Report of the Indian Hemp Drugs Commission, 1894-1895 - Volume VI
Year: 1894
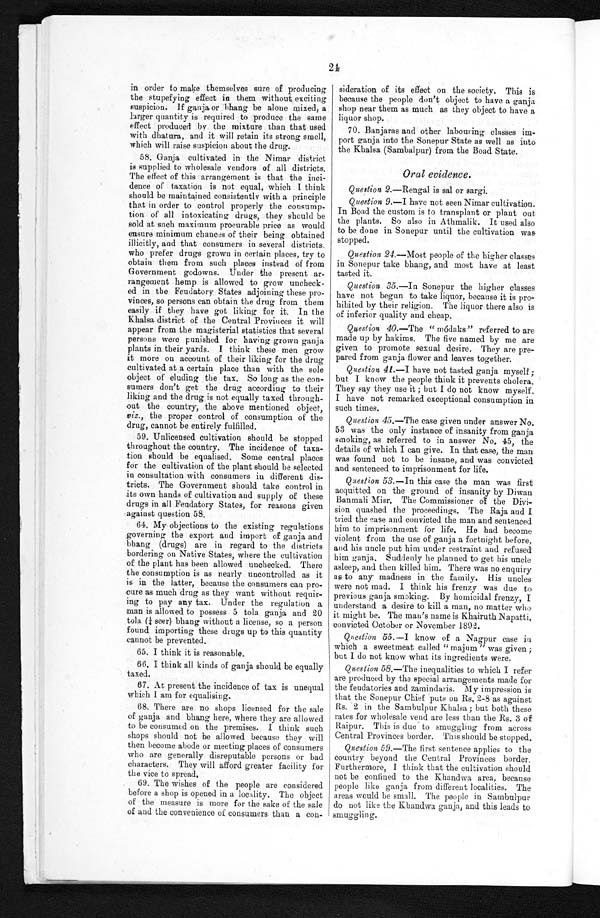
24
in order to make themselves sure of producing
the stupefying effect in them without exciting
suspicion. If ganja or bhang be alone mixed, a
larger quantity is required to produce the same
effect produced by the mixture than that used
with dhatura, and it will retain its strong smell,
which will raise suspicion about the drug.
58. Ganja cultivated in the Nimar district
is supplied to wholesale vendors of all districts.
The effect of this arrangement is that the inci--
dence of taxation is not equal, which I think
should be maintained consistently with a principle
that in order to control properly the consump--
tion of all intoxicating drugs, they should be
sold at such maximum procurable price as would
ensure minimum chances of their being obtained
illicitly, and that consumers in several districts,
who prefer drugs grown in certain places, try to
obtain them from such places instead of from
Government godowns. Under the present ar-
rangement hemp is allowed to grow uncheck
-ed in the Feudatory States adjoining these pro-
vinces, so persons can obtain the drug from them
easily if they have got liking for it. In the
Khalsa district of the Central Provinces it will
appear from the magisterial statistics that several
persons were punished for having grown ganja
plants in their yards. I think these men grow
it more on account of their liking for the drug
cultivated at a certain place than with the sole
object of eluding the tax. So long as the con-
sumers don't get the drug according to their
liking and the drug is not equally taxed
t h r o u g h - o u t t h e c o u n t r y , t h e a b o v e m e n t i o n e d o b j e c t ,
viz., the proper control of consumption of the
drug, cannot be entirely fulfilled.
59. Unlicensed cultivation should be stopped
throughout the country. The incidence of taxa-
tion should be equalised. Some central places
for the cultivation of the plant should be selected
in consultation with consumers in different dis-
tricts. The Government should take control in
its own hands of cultivation and supply of these
drugs in all Feudatory States, for reasons given
against question 58.
64. My objections to the existing regulations
governing the export and import of ganja and
bhang (drugs) are in regard to the districts
bordering on Native States, where the cultivation
of the plant has been allowed unchecked. There
the consumption is as nearly uncontrolled as it
is in the latter, because the consumers can pro-
cure as much drug as they want without requir-
ing to pay any tax. Under the regulation a
man is allowed to possess 5 tola ganja, and 20
tola (¼ seer) bhang without a license, so a person
found importing these drugs up to this quantity
cannot be prevented.
65. I think it is reasonable.
66. I think all kinds of ganja should be equally
taxed.
67. At present the incidence of tax is unequal
which I am for equalising.
68. There are no shops licensed for the sale
of ganja and bhang here, where they are allowed
to be consumed on the premises. I think such
shops should not be allowed because they will
then become abode or meeting places of consumers
who are generally disreputable persons or bad
characters. They will afford greater facility for
the vice to spread.
69. The wishes of the people are considered
before a shop is opened in a locality. The object
of the measure is more for the sake of the sale
of and the convenience of consumers than a con-
sideration of its effect on the society. this is
because the people don't object to have a ganja
shop near them as much as they object to have a
liquor shop.
70. Banjaras and other labouring classes im-
port ganja into the Sonepur State as well as into
the Khalsa (Sambalpur) from the Boad State.
Oral evidence.
Question 2.—Rengal is sal or sargi.
Question 9.—I have not seen Nimar cultivation.
In Boad the custom is to transplant or plant out
the plants. So also in Athmalik. It used also
to be done in Sonepur until the cultivation was
stopped.
Question 24 .—Most people of the higher classes
in Sonepur take bhang, and most have at least
tasted it.
Question 35 .—In Sonepur the higher classes
have not begun to take liquor, because it is pro-
hibited by their religion. The liquor there also is
of inferior quality and cheap.
Question 40 .—The " módaks" referred to are
made up by hakims. The five named by me are
given to promote sexual desire. They are pre-
pared from ganja flower and leaves together.
Question 41 .—I have not tasted ganja myself;
but I know the people think it prevents cholera.
They say they use it ; but I do not know myself.
I have not remarked exceptional consumption in
such times.
Question 45 .—The case given under answer No.
53 was the only instance of insanity from ganja
smoking, as referred to in answer No. 45, the
details of which I can give. In that case, the man
was found not to be insane, and was convicted
and sentenced to imprisonment for life.
Question 53.—In this case the man was first
acquitted on the ground of insanity by Diwan
Banmali Misr. The Commissioner of the Divi-
sion quashed the proceedings. The Raja and I
tried the case and convicted the man and sentenced
him to imprisonment for life. He had become
violent from the use of ganja a fortnight before,
and his uncle put him under restraint and refused
him ganja. Suddenly he planned to get his uncle
asleep, and then killed him. There was no enquiry
as to any madness in the family. His uncles
were not mad. I think his frenzy was due to
previous ganja smoking. By homicidal frenzy, I
understand a desire to kill a man, no matter who
it might be. The man's name is Khairuth.Napatti,
convicted October or November 1892.
Question 55 .—I know of a Nagpur case in
which a sweetmeat called " majum " was given ;
but I do not know what its ingredients were.
Question 58.—The inequalities to which I refer
are produced by the special arrangements made for
the feudatories and zamindaris. My impression is
that the Sonepur Chief puts on Rs. 2-8 as against
Rs. 2 in the Sambulpur Khalsa ; but both these
rates for wholesale vend are less than the Rs. 3 of
Raipur. This is due to smuggling from across
Central Provinces border. This should be stopped,
Question 59 .—The first sentence applies to the
country beyond the Central Provinces border.
Furthermore, I think that the cultivation should
not be confined to the Khandwa area, because
people like ganja from different localities. The
areas would be small. The people in Sambulpur
do not like the Kbandwa ganja, and this leads to
smuggling.